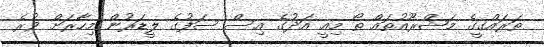
ތަރައްގީގެ މަޝްރޫއުތައް ތޯ މިއީ އަދުގެ އިސް ސަފުގެ ލީޑަރުން މިހާރަށް ވުރެ